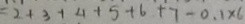
= 2 + 3 + 4 + 5 + 6 + 7 - 0 . 1 \times 6